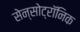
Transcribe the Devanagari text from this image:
सेन्सोट्रॉनिक